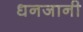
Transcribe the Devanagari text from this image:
धनजानी